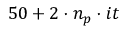
5 0 + 2 \cdot n _ { p } \cdot i t